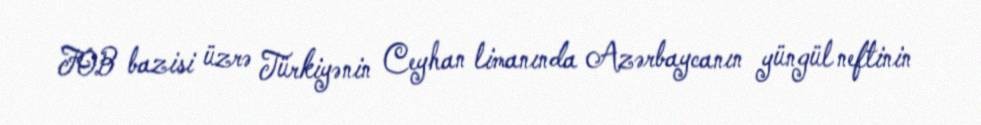
FOB bazisi üzrə Türkiyənin Ceyhan limanında Azərbaycanın yüngül neftinin